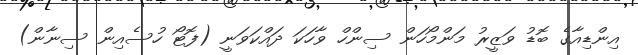
އިންޑިއާގެ ބޮޑު ވަޒީރު މަންމޯހަން ސިންހް ވާހަކަ ދައްކަވަނީ (ފޮޓޯ ހުސެއިން ސިނާން)